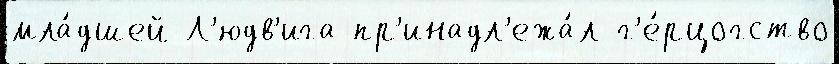
мла́дшей Л'юдв'ига пр'инадл'ежа́л г'е́рцогство